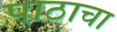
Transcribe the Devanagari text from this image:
पाठाचा